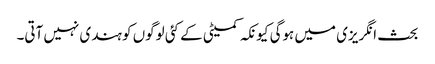
بحث انگریزی میں ہوگی کیونکہ کمیٹی کے کئی لوگوں کو ہندی نہیں آتی۔